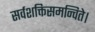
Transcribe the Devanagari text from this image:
सर्वशक्तिसमन्विते।